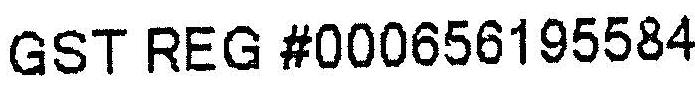
GST REG #000656195584